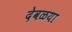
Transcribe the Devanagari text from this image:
देवळया